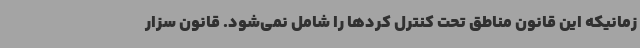
زمانیکه این قانون مناطق تحت کنترل کردها را شامل نمی‌شود. قانون سزار